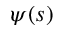
\psi ( s )